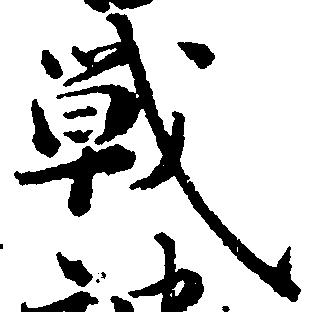
戦